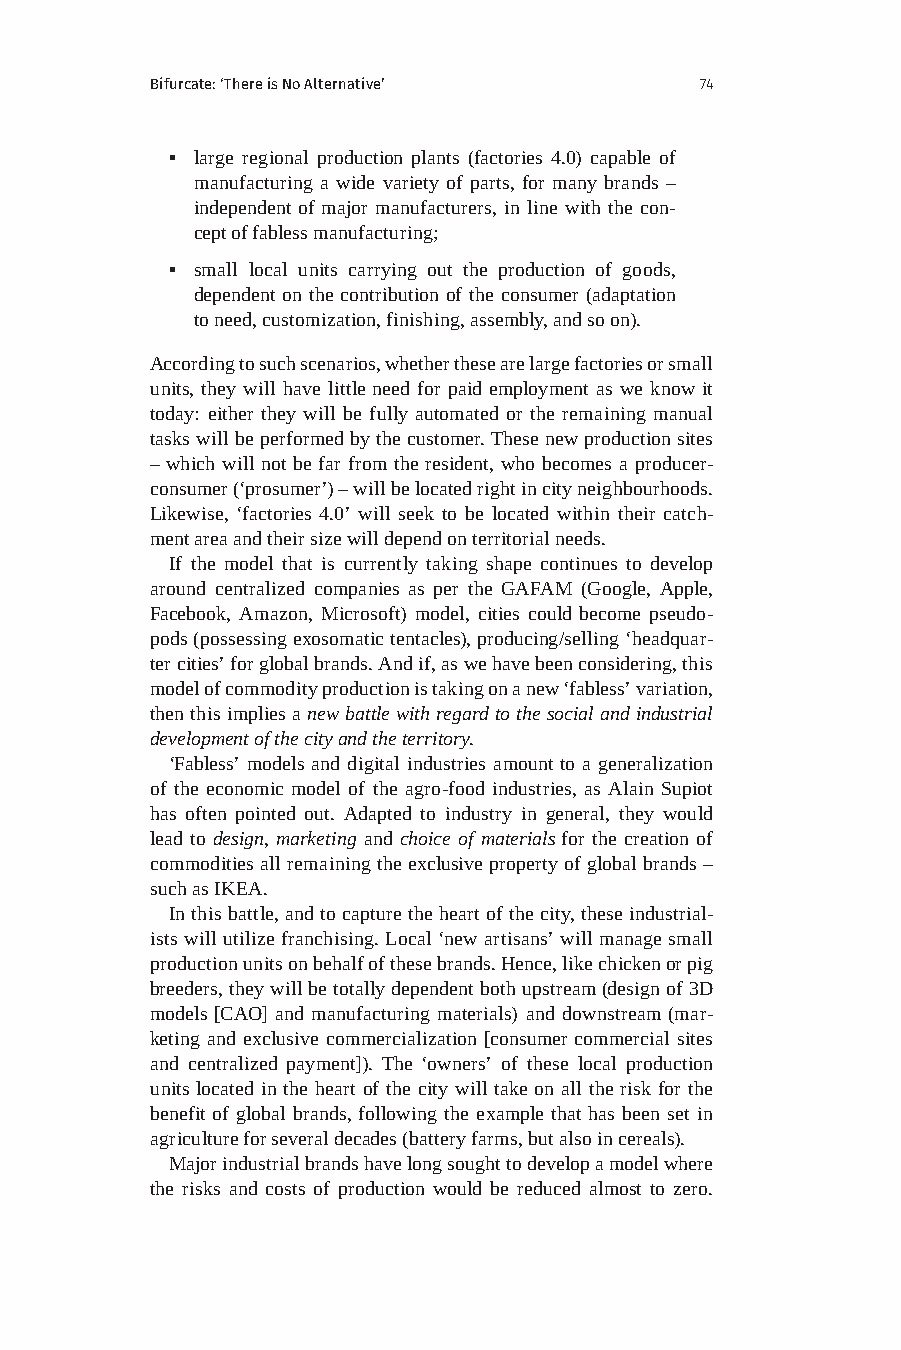
Bifurcate: ‘There is No Alternative’ 74
 ▪ large regional production plants (factories 4.0) capable of
 manufacturing a wide variety of parts, for many brands –
 independent of major manufacturers, in line with the con-
 cept of fabless manufacturing;
 ▪ small local units carrying out the production of goods,
 dependent on the contribution of the consumer (adaptation
 to need, customization, finishing, assembly, and so on).
 According to such scenarios, whether these are large factories or small
 units, they will have little need for paid employment as we know it
 today: either they will be fully automated or the remaining manual
 tasks will be performed by the customer. These new production sites
 – which will not be far from the resident, who becomes a producer-
 consumer (‘prosumer’) – will be located right in city neighbourhoods.
 Likewise, ‘factories 4.0’ will seek to be located within their catch-
 ment area and their size will depend on territorial needs.
 If the model that is currently taking shape continues to develop
 around centralized companies as per the GAFAM (Google, Apple,
 Facebook, Amazon, Microsoft) model, cities could become pseudo-
 pods (possessing exosomatic tentacles), producing/selling ‘headquar-
 ter cities’ for global brands. And if, as we have been considering, this
 model of commodity production is taking on a new ‘fabless’ variation,
 then this implies a new battle with regard to the social and industrial
 development of the city and the territory.
 ‘Fabless’ models and digital industries amount to a generalization
 of the economic model of the agro-food industries, as Alain Supiot
 has often pointed out. Adapted to industry in general, they would
 lead to design, marketing and choice of materials for the creation of
 commodities all remaining the exclusive property of global brands –
 such as IKEA.
 In this battle, and to capture the heart of the city, these industrial-
 ists will utilize franchising. Local ‘new artisans’ will manage small
 production units on behalf of these brands. Hence, like chicken or pig
 breeders, they will be totally dependent both upstream (design of 3D
 models [CAO] and manufacturing materials) and downstream (mar-
 keting and exclusive commercialization [consumer commercial sites
 and centralized payment]). The ‘owners’ of these local production
 units located in the heart of the city will take on all the risk for the
 benefit of global brands, following the example that has been set in
 agriculture for several decades (battery farms, but also in cereals).
 Major industrial brands have long sought to develop a model where
 the risks and costs of production would be reduced almost to zero.